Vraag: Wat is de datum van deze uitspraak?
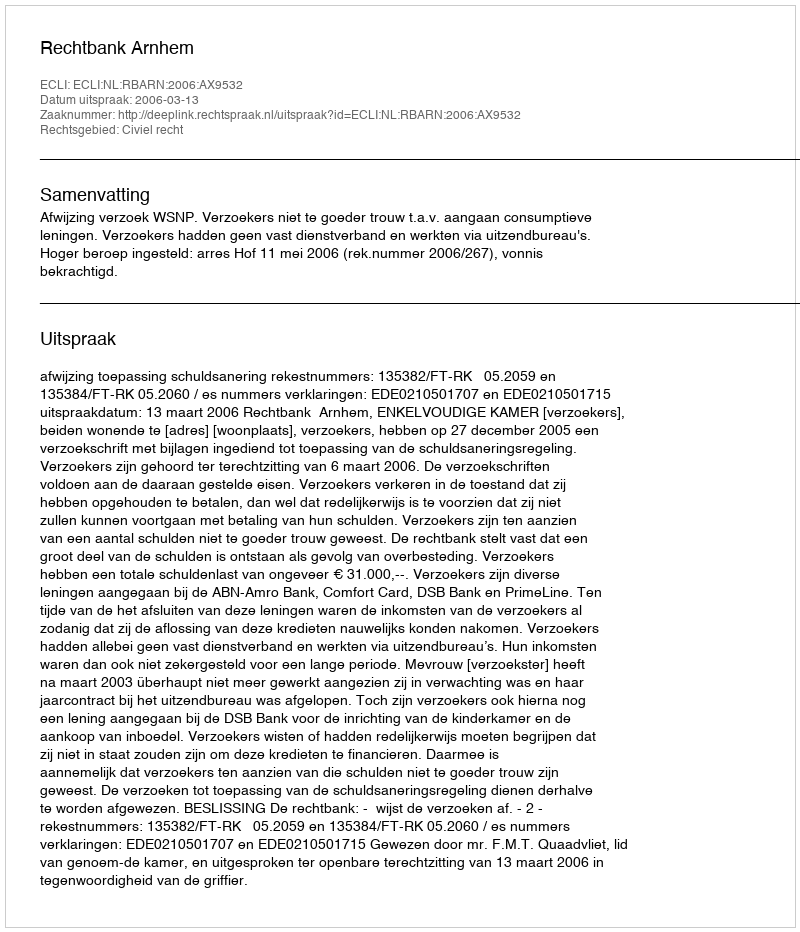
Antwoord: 2006-03-13